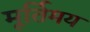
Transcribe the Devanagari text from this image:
मूर्तिमय